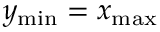
y _ { \mathrm { m i n } } = x _ { \mathrm { m a x } }